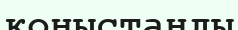
қоныстанды